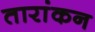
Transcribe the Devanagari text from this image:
तारांकन